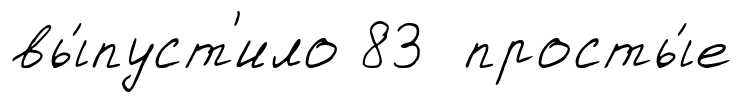
вы́пуст'ило 83 просты́е